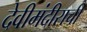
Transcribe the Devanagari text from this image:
देवीमंदीराची